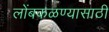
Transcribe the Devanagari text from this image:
लोंबकळण्यासाठी